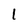
Character: l